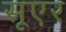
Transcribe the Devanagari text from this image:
सूएर